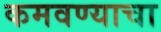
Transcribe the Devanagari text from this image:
कमवण्याचा